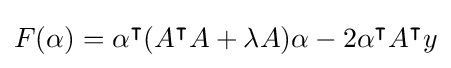
F(\alpha )=\alpha ^{\intercal }(A^{\intercal }A+\lambda A)\alpha -2\alpha ^{\intercal }A^{\intercal }y